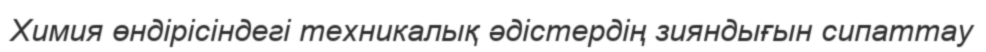
Химия өндірісіндегі техникалық әдістердің зияндығын сипаттау